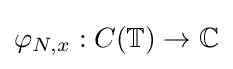
\varphi _{N,x}:C(\mathbb {T} )\to \mathbb {C}